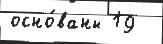
осно́ваны 19